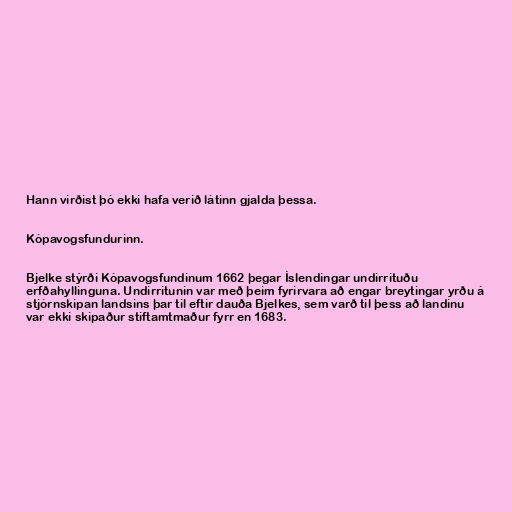
Hann virðist þó ekki hafa verið látinn gjalda þessa.

Kópavogsfundurinn.

Bjelke stýrði Kópavogsfundinum 1662 þegar Íslendingar undirrituðu
erfðahyllinguna. Undirritunin var með þeim fyrirvara að engar breytingar yrðu á
stjórnskipan landsins þar til eftir dauða Bjelkes, sem varð til þess að landinu
var ekki skipaður stiftamtmaður fyrr en 1683.